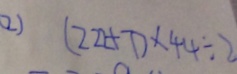
( 2 ) ( 2 2 2 + 7 ) \times 4 4 \div 2